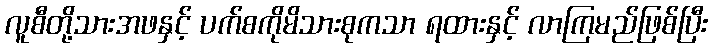
လူစီတို့သားအဖနှင့် ပက်စကိုမိသားစုကသာ ရထားနှင့် လာကြမည်ဖြစ်ပြီး